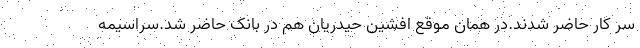
سر کار حاضر شدند.در همان موقع افشین حیدریان هم در بانک حاضر شد.سراسیمه